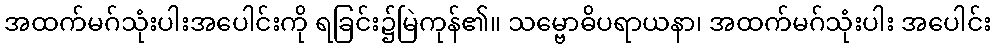
အထက်မဂ်သုံးပါးအပေါင်းကို ရခြင်း၌မြဲကုန်၏။ သမ္ဗောဓိပရာယနာ၊ အထက်မဂ်သုံးပါး အပေါင်း